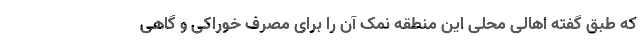
که طبق گفته اهالی محلی این منطقه نمک آن را برای مصرف خوراکی و گاهی